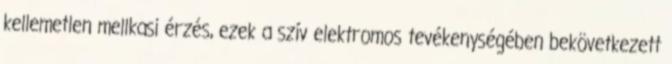
kellemetlen mellkasi érzés, ezek a szív elektromos tevékenységében bekövetkezett